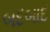
બદબાદ